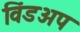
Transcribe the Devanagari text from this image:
विंडअप